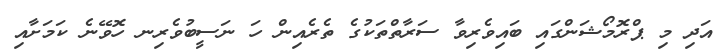
އަދި މި ޕްރޮމޯޝަންގައި ބައިވެރިވާ ސަރާތްތަކުގެ ތެރެއިން ހަ ނަސީބުވެރިނ ހޮވޭނެ ކަމަށާއި